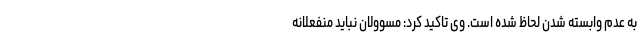
به عدم وابسته شدن لحاظ شده است. وی تاکید کرد: مسوولان نباید منفعلانه